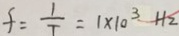
f = \frac { 1 } { T } = 1 \times 1 0 ^ { 3 } H z